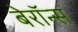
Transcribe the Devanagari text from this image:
बेरॉन्स